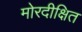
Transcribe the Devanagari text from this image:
मोरदीक्षित